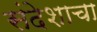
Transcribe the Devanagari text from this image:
संदेशाचा